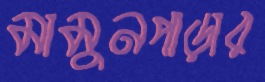
মামুনপাড়ার